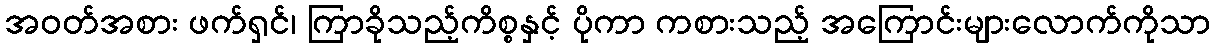
အဝတ်အစား ဖက်ရှင်၊ ကြာခိုသည့်ကိစ္စနှင့် ပိုကာ ကစားသည့် အကြောင်းများလောက်ကိုသာ